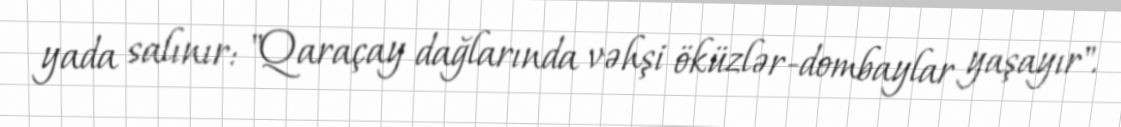
yada salınır: "Qaraçay dağlarında vəhşi öküzlər-dombaylar yaşayır".